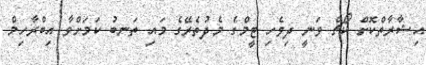
އިޝާރާތްކޮށް ކޯޗް ވަނީ ދިވެހި ޓީމްގެ މެދުތެރޭގެ މައި ތަނބު ކަމަށްވާ އިބްރާހިމް